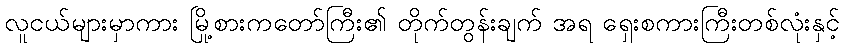
လူငယ်များမှာကား မြို့စားကတော်ကြီး၏ တိုက်တွန်းချက် အရ ရှေးစကားကြီးတစ်လုံးနှင့်